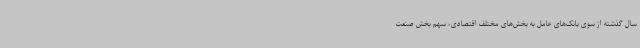
سال گذشته از سوی بانک‌های عامل به بخش‌های مختلف اقتصادی، سهم بخش صنعت